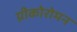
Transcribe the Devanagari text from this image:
ग्रीकोरोमन